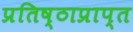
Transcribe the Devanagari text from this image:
प्रतिष्ठाप्राप्त